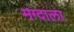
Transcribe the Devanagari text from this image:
मग्दाला